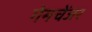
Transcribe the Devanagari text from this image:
गेमचेंजर